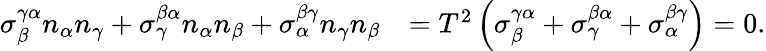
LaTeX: \begin{array}{rl}{\sigma_{\beta}^{\gamma\alpha}n_{\alpha}n_{\gamma}+\sigma_{\gamma}^{\beta\alpha}n_{\alpha}n_{\beta}+\sigma_{\alpha}^{\beta\gamma}n_{\gamma}n_{\beta}}&{=T^{2}\left(\sigma_{\beta}^{\gamma\alpha}+\sigma_{\gamma}^{\beta\alpha}+\sigma_{\alpha}^{\beta\gamma}\right)=0.}\end{array}